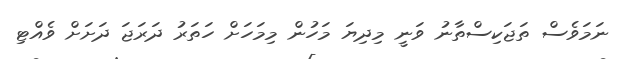
ނަމަވެސް ތަޖަކިސްތާނު ވަނީ މިދިޔަ މަހުން މިމަހަށް ހަތަރު ދަރަޖަ ދަށަށް ވެއްޓި